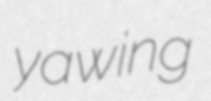
yawing